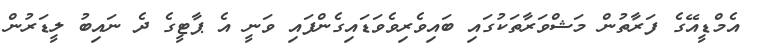
އެމްޑީއޭގެ ފަރާތުން މަޝްވަރާތަކުގައި ބައިވެރިވެވަޑައިގެންފައި ވަނީ އެ ޕާޓީގެ ދެ ނައިބު ލީޑަރުން